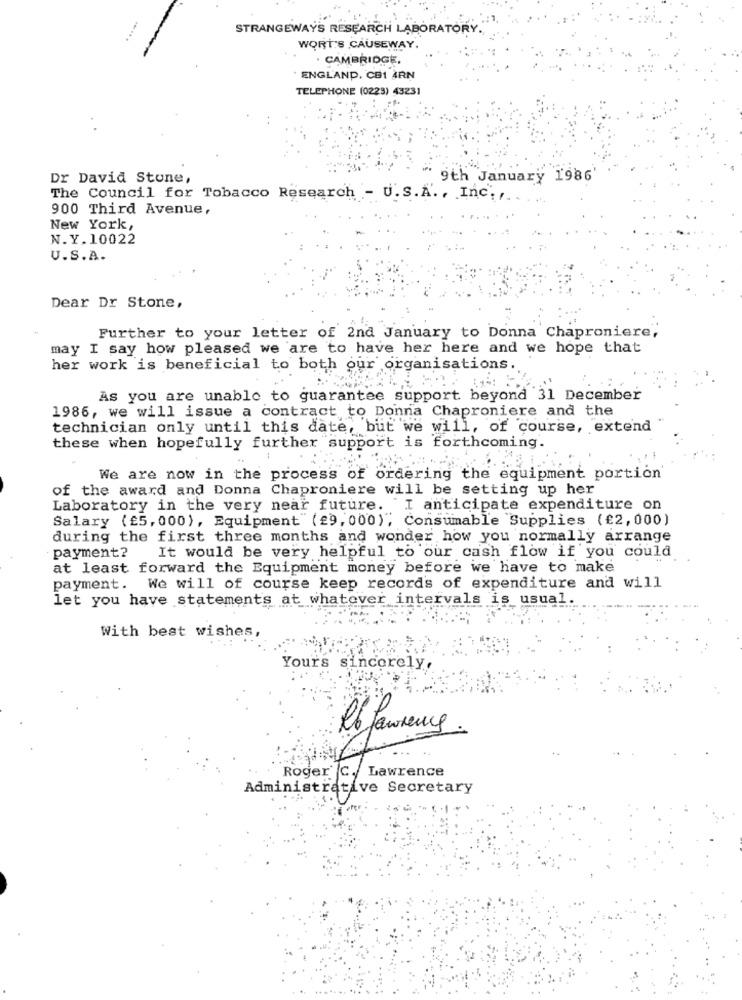
STRANGEWAYS RESEARCH LABORATORY.
.....
WORT'S CAUSEWAY.
. CAMBRIDGE,
ENGLAND, CB1 ÅRN
TELEPHONE (0223) 43231
Dr David Stone,
" 9th January 1986'
The Council for Tobacco Research - U.S.A ., Inc. ,..
900 Third Avenue,
New York,
N.Y.10022
U.S.A.
Dear Dr Stone,
Further to your letter of 2nd January to Donna Chaproniere,
may I say how pleased we are to have her here and we hope that
her work is beneficial to both our organisations.
As you are unable to guarantee support beyond 31 December
1986, we will issue a contract to Donna Chaproniere and the
technician only until this date, but we will, of course, extend
these when hopefully further support is forthcoming.
We are now in the process of ordering the equipment portion
of the award and Donna Chaproniere will be setting up her
Laboratory in the very near future. "I anticipate expenditure on
Salary (£5,000), Equipment" (29, 000), Consumable Supplies (£2,000)
during the first three months and wonder how you normally arrange
payment?
It would be very helpful to our cash flow if you could
at least forward the Equipment money before we have to make
payment. We will of course keep record's of expenditure and will
let you have statements at whatever intervals is usual.
With best wishes,
Yours sincerely,
Réfawrung
Roger C. Lawrence
Administrative Secretary